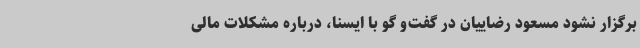
برگزار نشود مسعود رضاییان در گفت‌و گو با ایسنا، درباره مشکلات مالی